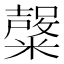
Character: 𱹣